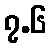
၇.၆